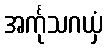
အင်္ကုသဂယှံ